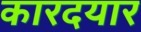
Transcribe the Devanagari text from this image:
कारदयार